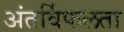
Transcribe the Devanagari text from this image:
अंतर्विफलता